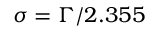
\sigma = \Gamma / 2 . 3 5 5